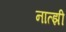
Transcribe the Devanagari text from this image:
नात्झी